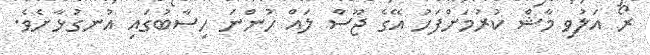
ރޯ އަލުވި މާޝް ކުރުމަށްފަހު އޭގެ ޖޫސް ލައް ހުންނަ ހިސާބުގައި އުނގުޅާށެވެ.